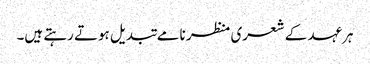
ہرعہد کے شعری منظر نامے تبدیل ہوتے رہتے ہیں۔